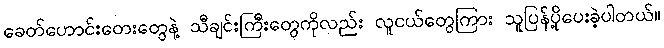
ခေတ်ဟောင်းတေးတွေနဲ့ သီချင်းကြီးတွေကိုလည်း လူငယ်တွေကြား သူပြန်ပို့ပေးခဲ့ပါတယ်။